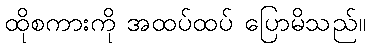
ထိုစကားကို အထပ်ထပ် ပြောမိသည်။